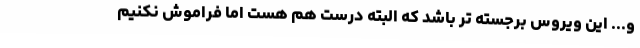
و... این ویروس برجسته تر باشد که البته درست هم هست اما فراموش نکنیم